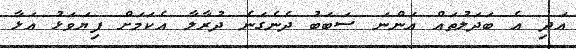
އަދި އެ ބަދަލުތައް އަންނަ ސަބަބު ދެނެގަނެ ދުރާލާ އެކަމަށް ފިޔަވަޅު އަޅާ